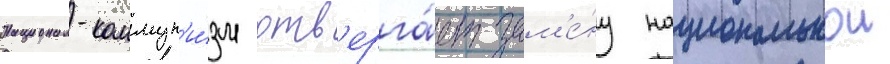
Национал-коммун'и́зм отв'ерга́ет зам'е́ну национальнои